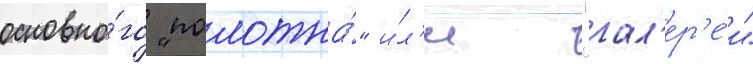
основно́го "полотна́" и́л'и "гал'ер'е́и"